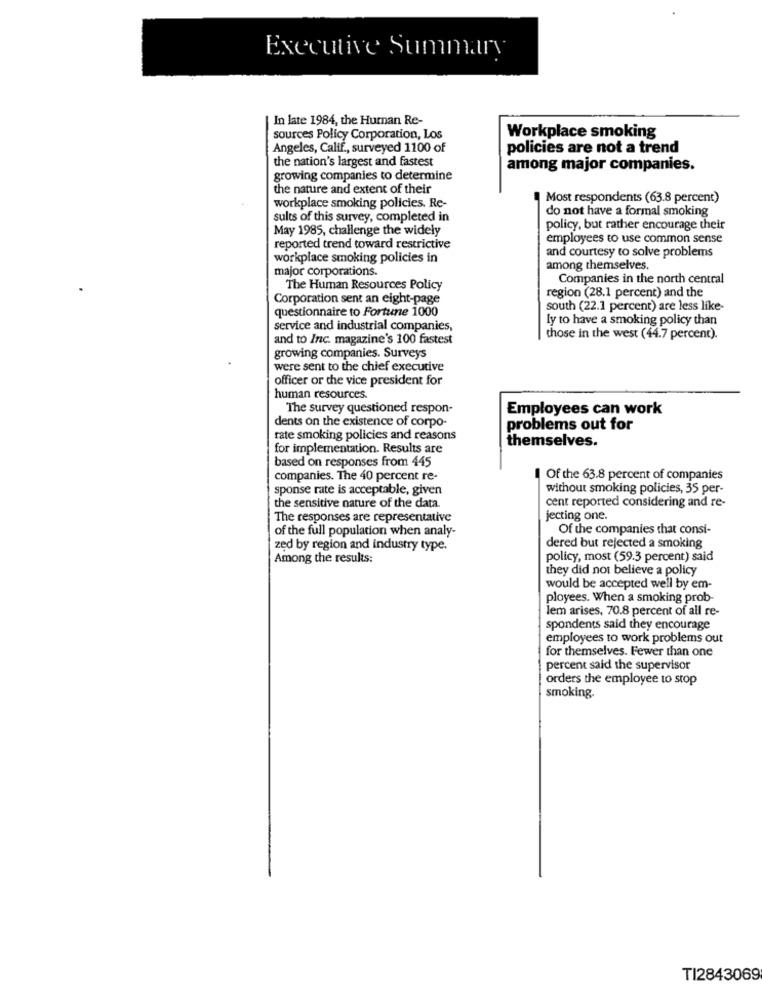
Executive Summary
In late 1984, the Human Re-
sources Policy Corporation, Los
Workplace smoking
Angeles, Calif ., surveyed 1100 of
policies are not a trend
the nation's largest and fastest
among major companies.
growing companies to determine
the nature and extent of their
Most respondents (63.8 percent)
workplace smoking policies. Re-
do not have a formal smoking
sults of this survey, completed in
May 1985, challenge the widely
policy, but rather encourage their
employees to use common sense
reported trend toward restrictive
and courtesy to solve problems
workplace smoking policies in
major corporations.
among themselves.
Companies in the north central
The Human Resources Policy
Corporation sent an eight-page
region (28.1 percent) and the
south (22.1 percent) are less like-
questionnaire to Fortune 1000
ly to have a smoking policy than
service and industrial companies,
and to Inc. magazine's 100 fastest
those in the west (44.7 percent).
growing companies. Surveys
were sent to the chief executive
officer or the vice president for
human resources.
The survey questioned respon-
Employees can work
dents on the existence of corpo-
problems out for
rate smoking policies and reasons
themselves.
for implementation. Results are
based on responses from 445
companies. The 40 percent re-
Of the 63.8 percent of companies
sponse rate is acceptable, given
without smoking policies, 35 per-
cent reported considering and re-
the sensitive nature of the data.
The responses are representative
jecting one.
of the full population when analy-
Of the companies that consi-
zed by region and industry type.
dered but rejected a smoking
Among the results:
policy, most (59.3 percent) said
they did not believe a policy
would be accepted well by em-
ployees. When a smoking prob-
lem arises, 70.8 percent of all re-
spondents said they encourage
employees to work problems out
for themselves. Fewer than one
percent said the supervisor
orders the employee to stop
smoking.
TI2843069